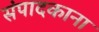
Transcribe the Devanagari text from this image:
संपादकाना